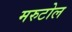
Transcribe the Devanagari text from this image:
मरुटोल